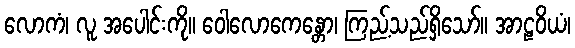
လောကံ၊ လူ အပေါင်းကို။ ဝေါလောကေန္တော၊ ကြည့်သည်ရှိသော်။ အာဠဝိယံ၊